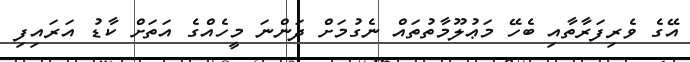
އޭގެ ވެރިފަރާތާއި ބެހޭ މަޢުލޫމާތުތައް ނެގުމަށް ދަންނަ މީހެއްގެ އަތަށް ކާޑު އަރައިފި